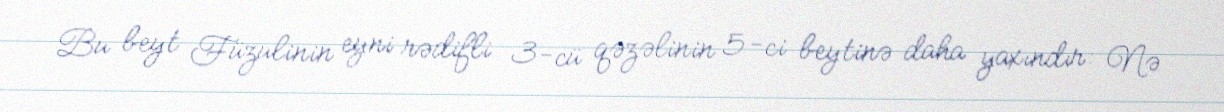
Bu beyt Füzulinin eyni rədifli 3-cü qəzəlinin 5-ci beytinə daha yaxındır: Nə